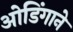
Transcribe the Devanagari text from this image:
ओडिंगाने